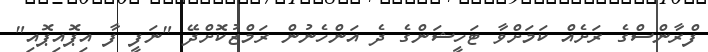
ފްރާންސްގެ ރަށެއް ކަމަށްވާ ޓަހީޝަންގެ ދެ އަންހެނުން ރަމްޒުކޮށްދޭ "ނަފީ ފާ އިޕޮއިޕޮއި"